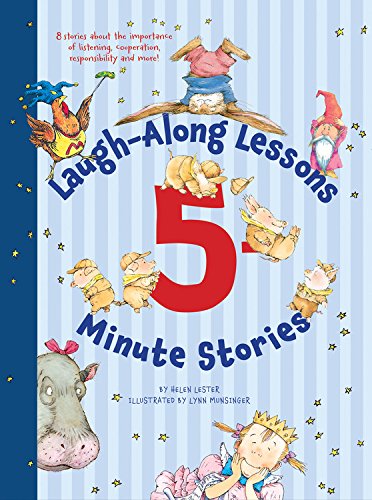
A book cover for Laugh-Along Lessons 5-Minute Stories; Helen Lester; Children's Books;